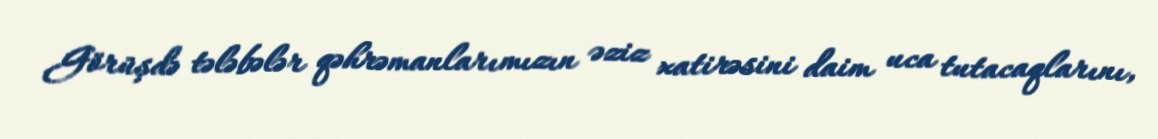
Görüşdə tələbələr qəhrəmanlarımızın əziz xatirəsini daim uca tutacaqlarını,